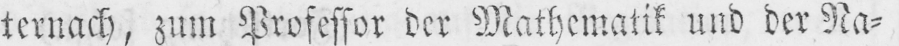
ternach, zum Professor der Mathematik und der Na⸗